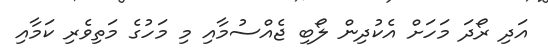
އަދި ރޯދަ މަހަށް އެކުދިން ލޯބި ޖެއްސުމާއި މި މަހުގެ މަތިވެރި ކަމާއި